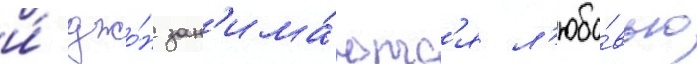
и́ джо́н зан'има́ютс'я л'юбо́вью